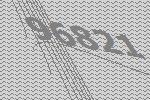
96821